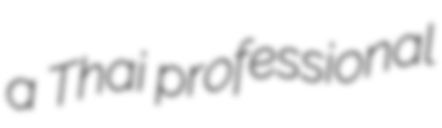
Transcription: a Thai professional